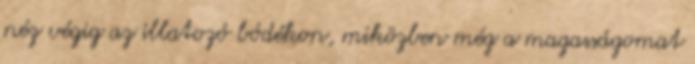
néz végig az illatozó bódékon, miközben még a magasságomat